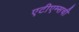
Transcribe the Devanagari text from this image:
एटीएम्सची